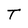
Character: T